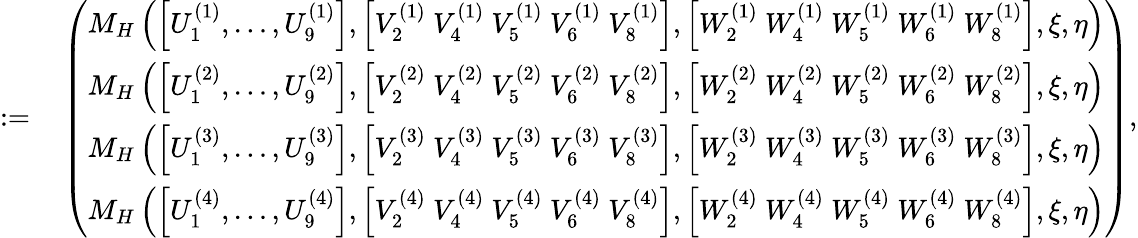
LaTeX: \begin{array}{rl}{:=}&{{}\left(\begin{array}{l}{M_{H}\left(\left[{U}_{1}^{(1)},\dots,{U}_{9}^{(1)}\right],\left[{V}_{2}^{(1)}~{V}_{4}^{(1)}~{V}_{5}^{(1)}~{V}_{6}^{(1)}~{V}_{8}^{(1)}\right],\left[{W}_{2}^{(1)}~{W}_{4}^{(1)}~{W}_{5}^{(1)}~{W}_{6}^{(1)}~{W}_{8}^{(1)}\right],\xi,\eta\right)}\\ {M_{H}\left(\left[{U}_{1}^{(2)},\dots,{U}_{9}^{(2)}\right],\left[{V}_{2}^{(2)}~{V}_{4}^{(2)}~{V}_{5}^{(2)}~{V}_{6}^{(2)}~{V}_{8}^{(2)}\right],\left[{W}_{2}^{(2)}~{W}_{4}^{(2)}~{W}_{5}^{(2)}~{W}_{6}^{(2)}~{W}_{8}^{(2)}\right],\xi,\eta\right)}\\ {M_{H}\left(\left[{U}_{1}^{(3)},\dots,{U}_{9}^{(3)}\right],\left[{V}_{2}^{(3)}~{V}_{4}^{(3)}~{V}_{5}^{(3)}~{V}_{6}^{(3)}~{V}_{8}^{(3)}\right],\left[{W}_{2}^{(3)}~{W}_{4}^{(3)}~{W}_{5}^{(3)}~{W}_{6}^{(3)}~{W}_{8}^{(3)}\right],\xi,\eta\right)}\\ {M_{H}\left(\left[{U}_{1}^{(4)},\dots,{U}_{9}^{(4)}\right],\left[{V}_{2}^{(4)}~{V}_{4}^{(4)}~{V}_{5}^{(4)}~{V}_{6}^{(4)}~{V}_{8}^{(4)}\right],\left[{W}_{2}^{(4)}~{W}_{4}^{(4)}~{W}_{5}^{(4)}~{W}_{6}^{(4)}~{W}_{8}^{(4)}\right],\xi,\eta\right)}\end{array}\right),}\end{array}